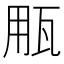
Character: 𤬶